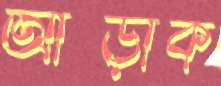
আছ্‌ড়াক